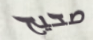
صحيح